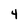
Character: 4